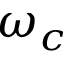
\omega _ { c }